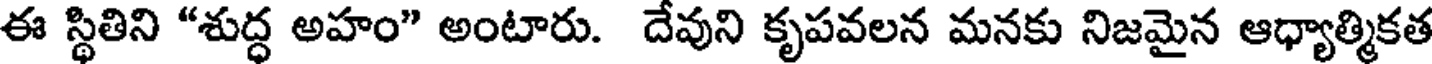
ఈ స్థితిని "శుద్ధ అహం" అంటారు. దేవుని కృపవలన మనకు నిజమైన ఆధ్యాత్మికత